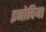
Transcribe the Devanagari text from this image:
इनोविया